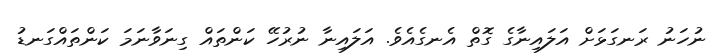
ނުހަނު ރަނގަޅަށް އަލައިނާގެ ގޮތް އެނގެއެވެ. އަލައިނާ ނުރުހޭ ކަންތައް ގިނަވާނަމަ ކަންތައްގަނޑު